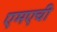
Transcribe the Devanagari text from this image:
एमएची